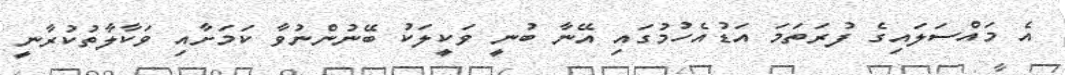
އެ މައްސަލައިގެ ފުރަތަމަ އަޑުއެހުމުގައި އޭނާ ބުނީ ވަކީލަކު ބޭނުންނުވާ ކަމަށާއި ވަކާލާތުކުރާނީ